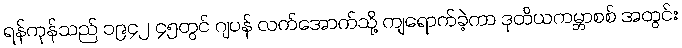
ရန်ကုန်သည် ၁၉၄၂ ၄၅တွင် ဂျပန် လက်အောက်သို့ ကျရောက်ခဲ့ကာ ဒုတိယကမ္ဘာစစ် အတွင်း